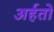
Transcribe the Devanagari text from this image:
अर्हतो